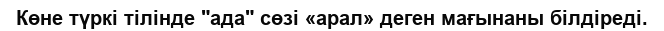
Көне түркі тілінде "ада" сөзі «арал» деген мағынаны білдіреді.